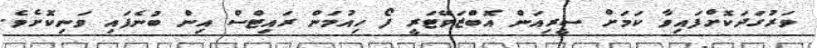
ވަރުގަދަކޮށްފައިވާ ކަމަށް ސީރިއަން އޮބްޒަވޭޓަރީ ފޯ ހިއުމަން ރައިޓްސް އިން ބުނެފައި ވަނިކޮށެވެ.